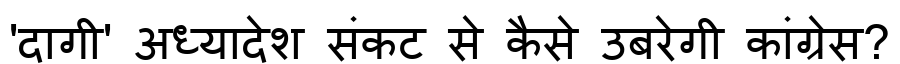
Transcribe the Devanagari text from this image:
'दागी' अध्यादेश संकट से कैसे उबरेगी कांग्रेस?